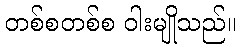
တစ်စတစ်စ ဝါးမျိုသည်။